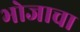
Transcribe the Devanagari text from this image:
भोजाचा